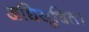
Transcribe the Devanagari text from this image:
अधिसूचित।